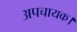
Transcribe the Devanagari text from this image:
अपचायक।